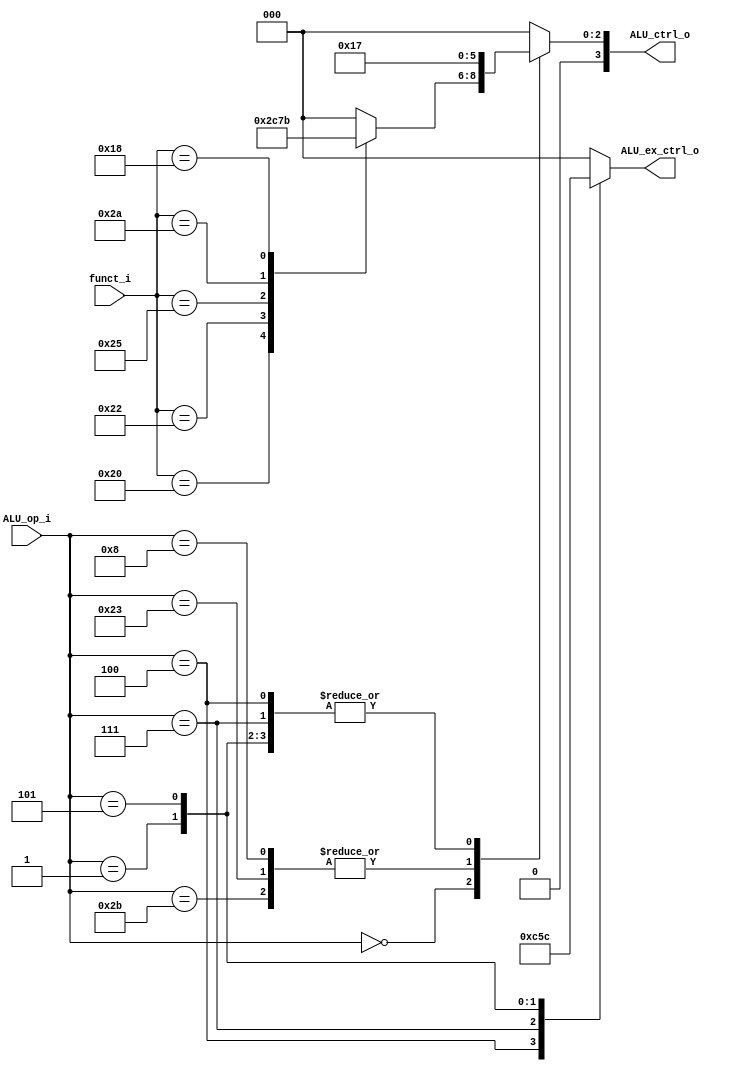
// implemented by 0016002  

module ALU_Ctrl(
          ALU_op_i,
          funct_i,
          ALU_ctrl_o,
          ALU_ex_ctrl_o
          );

//I/O ports
input      [6-1:0] funct_i;
input      [6-1:0] ALU_op_i;

output reg [4-1:0] ALU_ctrl_o;
output reg [3-1:0] ALU_ex_ctrl_o;
// output     ALUSrc_shamt_o;

//Internal Signals

//Parameter
parameter CPU_FUNC_ADD = 6'b100000, CPU_FUNC_SUB = 6'b100010, CPU_FUNC_AND = 6'b100100,
          CPU_FUNC_OR = 6'b100101, CPU_FUNC_SLT = 6'b101010, CPU_FUNC_MUL = 6'b011000;
//          CPU_FUNC_SLL = 6'b000000, CPU_FUNC_SLLV = 6'b000100,
//          CPU_FUNC_SRL = 6'b000010, CPU_FUNC_SRLV = 6'b000110;

parameter CPU_OP_R_ARITHMETIC = 6'b000000, CPU_OP_ADDI = 6'b001000,
          CPU_OP_ORI = 6'b001101, CPU_OP_BEQ = 6'b000100,
          CPU_OP_LW = 6'b100011, CPU_OP_SW = 6'b101011,
          CPU_OP_BGT = 6'b000111, CPU_OP_BNEZ = 6'b000101, CPU_OP_BGEZ = 6'b000001;

parameter ALU_OP_AND = 4'b0000, ALU_OP_OR = 4'b0001, ALU_OP_ADD = 4'b0010, ALU_OP_SUB = 4'b0110,
          ALU_OP_NOR = 4'b1100, ALU_OP_NAND = 4'b1101, ALU_OP_SLT = 4'b0111,
          ALU_OP_SLL = 4'b1000, ALU_OP_SRL = 4'b1001, ALU_OP_MUL = 4'b0011,
          ALU_EX_OP_SGT = 3'b001, ALU_EX_OP_SNE = 3'b100, ALU_EX_OP_SEQ = 3'b110,
          ALU_EX_OP_SGE = 3'b011;


//Select exact operation
always @(*) begin
    ALU_ctrl_o = 4'b0;
    ALU_ex_ctrl_o = 3'b0;

    case(ALU_op_i)
        CPU_OP_R_ARITHMETIC: begin
            case(funct_i)
                CPU_FUNC_ADD : ALU_ctrl_o = ALU_OP_ADD;
                CPU_FUNC_SUB : ALU_ctrl_o = ALU_OP_SUB;
                CPU_FUNC_AND : ALU_ctrl_o = ALU_OP_AND;
                CPU_FUNC_OR  : ALU_ctrl_o = ALU_OP_OR;
                CPU_FUNC_SLT : ALU_ctrl_o = ALU_OP_SLT;
                CPU_FUNC_MUL : ALU_ctrl_o = ALU_OP_MUL;
            endcase
        end
        CPU_OP_ADDI, CPU_OP_LW, CPU_OP_SW: ALU_ctrl_o = ALU_OP_ADD;
        CPU_OP_BEQ, CPU_OP_BGT, CPU_OP_BNEZ, CPU_OP_BGEZ: ALU_ctrl_o = ALU_OP_SLT;
    endcase

    case(ALU_op_i)
        CPU_OP_BEQ: ALU_ex_ctrl_o = ALU_EX_OP_SEQ;
        CPU_OP_BGT: ALU_ex_ctrl_o = ALU_EX_OP_SGT;
        CPU_OP_BGEZ: ALU_ex_ctrl_o = ALU_EX_OP_SGE;
        CPU_OP_BNEZ: ALU_ex_ctrl_o = ALU_EX_OP_SNE;
    endcase
end

endmodule